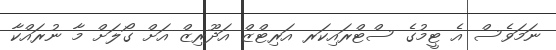
ނަމަވެސް އެ ޓީމުގެ ސްޓްރައިކަރ އަރިޓްޒް އަދޫރިޒް އަށް ގޯލަށް މާ ނުރައްކާ